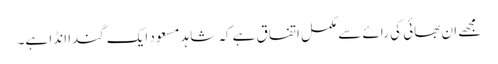
مجھے ان بھائی کی رائے سے مکمل اتفاق ہے کہ شاہد مسعود ایک گندا انڈا ہے۔